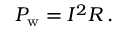
P _ { \mathrm { { w } } } = I ^ { 2 } R \, .